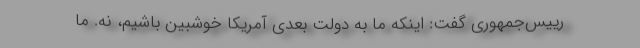
رییس‌جمهوری گفت: اینکه ما به دولت بعدی آمریکا خوشبین باشیم، نه. ما